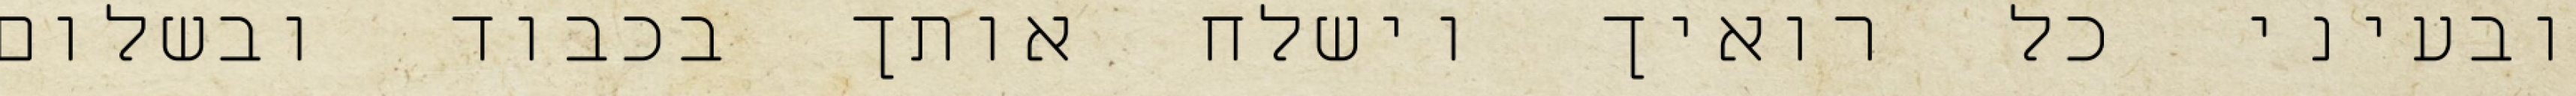
ובעיני כל רואיך וישלח אותך בכבוד ובשלום